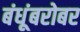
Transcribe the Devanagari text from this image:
बंधूंबरोबर